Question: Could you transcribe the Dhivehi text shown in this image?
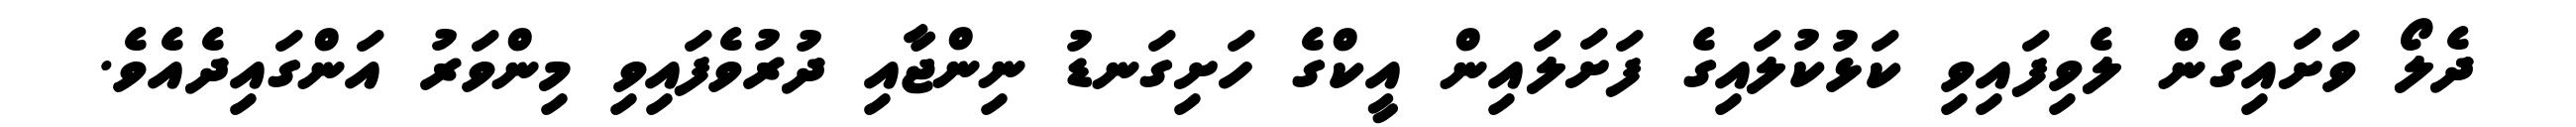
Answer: ދެލޯ ވަށައިގެން ލެވިފައިވި ކަޅުކުލައިގެ ފަށަލައިން އީކްގެ ހަށިގަނޑު ނިންޖާއި ދުރުވެފައިވި މިންވަރު އަންގައިދެއެވެ.